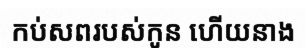
កប់សពរបស់កូន ហើយនាង